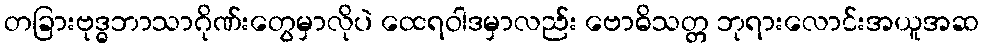
တခြားဗုဒ္ဓဘာသာဂိုဏ်းတွေမှာလိုပဲ ထေရဝါဒမှာလည်း ဗောဓိသတ္တ ဘုရားလောင်းအယူအဆ